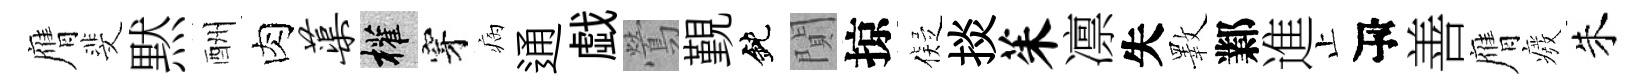
膺斐黙酬肉蕖權穿病通戯鶯覲鈍閴掠儗掞茱凛失斁鄴進止瓴善膺癈朱